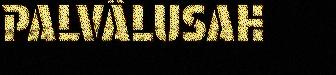
PALVÂLUSAH